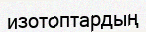
изотоптардың